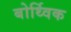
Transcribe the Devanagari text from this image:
बोर्थ्विक